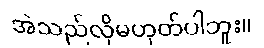
အဲသည်လိုမဟုတ်ပါဘူး။